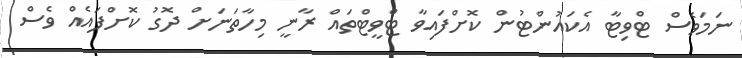
ނަމަވެސް ޓްވިޓާ އެކައުންޓުން ކޮށްފައިވާ ޓްވީޓްތައް ރާނީ މިހާތަނަށް ދޮގު ކޮށްފައެއް ވެސް